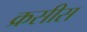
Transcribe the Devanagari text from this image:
क्रसीस